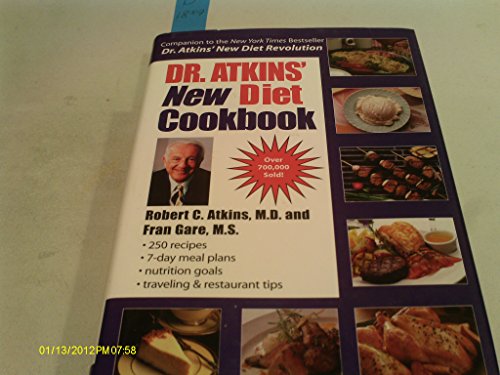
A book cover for Dr. Atkin's New Diet Cookbook; MD Robert C. Atkins; Health, Fitness & Dieting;